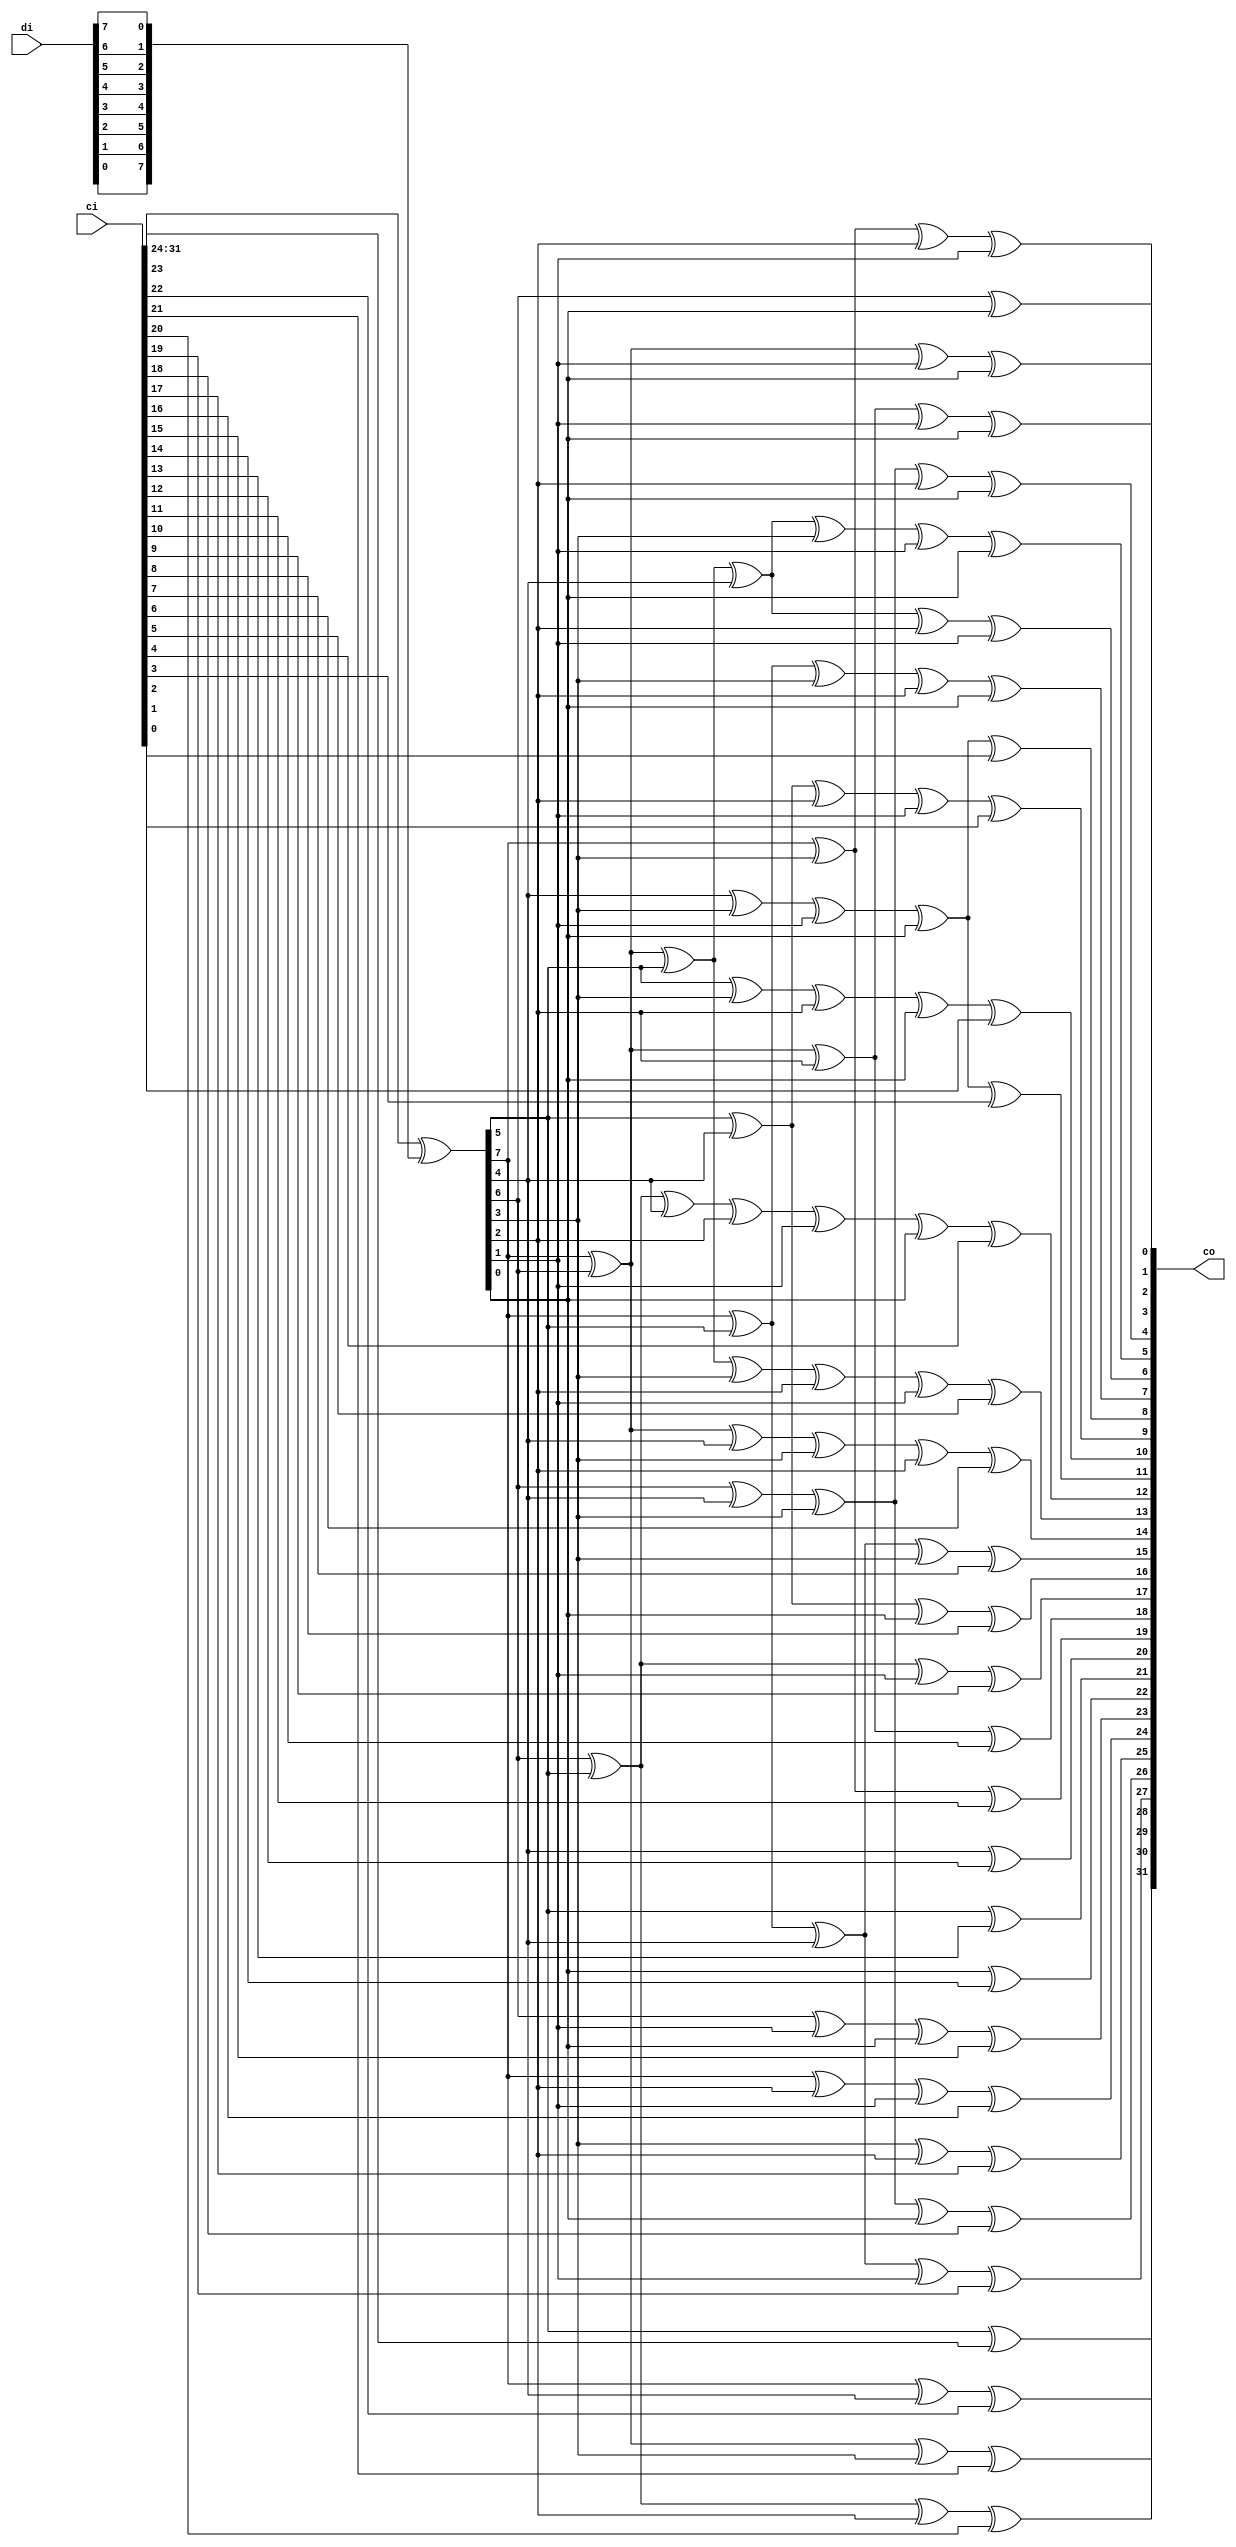
// Description  : .
////////////////////////////////////////////////////////////////////////////////

module ippcrc_crc32_8b
    (
     ci,
     di,

     co
     );

////////////////////////////////////////////////////////////////////////////////
// Port declarations
input [31:0]   ci;
input [7:0]    di;

output [31:0]  co;

////////////////////////////////////////////////////////////////////////////////
// Output declarations
wire [31:0]    co;

////////////////////////////////////////////////////////////////////////////////
// Parameter declarations

////////////////////////////////////////////////////////////////////////////////
// Local logic and instantiation
wire [7:0]     swdi;
assign         swdi =  {di[0],di[1],di[2],di[3],di[4],di[5],di[6],di[7]};

wire [7:0]     dx;
assign         dx   =  ci[31:24]^swdi[7:0];


assign         co[31]=dx[5]^ci[23];
assign         co[30]=dx[7]^dx[4]^ci[22];
assign         co[29]=dx[7]^dx[6]^dx[3]^ci[21];
assign         co[28]=dx[6]^dx[5]^dx[2]^ci[20];
assign         co[27]=dx[7]^dx[5]^dx[4]^dx[1]^ci[19];
assign         co[26]=dx[6]^dx[4]^dx[3]^dx[0]^ci[18];
assign         co[25]=dx[3]^dx[2]^ci[17];
assign         co[24]=dx[7]^dx[2]^dx[1]^ci[16];
assign         co[23]=dx[6]^dx[1]^dx[0]^ci[15];
assign         co[22]=dx[0]^ci[14];
assign         co[21]=dx[5]^ci[13];
assign         co[20]=dx[4]^ci[12];
assign         co[19]=dx[7]^dx[3]^ci[11];
assign         co[18]=dx[7]^dx[6]^dx[2]^ci[10];
assign         co[17]=dx[6]^dx[5]^dx[1]^ci[9];
assign         co[16]=dx[5]^dx[4]^dx[0]^ci[8];
assign         co[15]=dx[7]^dx[5]^dx[4]^dx[3]^ ci[7];
assign         co[14]=dx[7]^dx[6]^dx[4]^dx[3]^dx[2]^ci[6];
assign         co[13]=dx[7]^dx[6]^dx[5]^dx[3]^dx[2]^dx[1]^ci[5];
assign         co[12]=dx[6]^dx[5]^dx[4]^dx[2]^dx[1]^dx[0]^ci[4];
assign         co[11]=dx[4]^dx[3]^dx[1]^dx[0]^ci[3];
assign         co[10]=dx[5]^dx[3]^dx[2]^dx[0]^ci[2];
assign         co[9]=dx[5]^dx[4]^dx[2]^dx[1]^ci[1];
assign         co[8]=dx[4]^dx[3]^dx[1]^dx[0]^ci[0];
assign         co[7]=dx[7]^dx[5]^dx[3]^dx[2]^dx[0];
assign         co[6]=dx[7]^dx[6]^dx[5]^dx[4]^dx[2]^dx[1];
assign         co[5]=dx[7]^dx[6]^dx[5]^dx[4]^dx[3]^dx[1]^dx[0];
assign         co[4]=dx[6]^dx[4]^dx[3]^dx[2]^dx[0];
assign         co[3]=dx[7]^dx[3]^dx[2]^dx[1];
assign         co[2]=dx[7]^dx[6]^dx[2]^dx[1]^dx[0];
assign         co[1]=dx[7]^dx[6]^dx[1]^dx[0];
assign         co[0]=dx[6]^dx[0];
 

endmodule